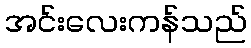
အင်းလေးကန်သည်